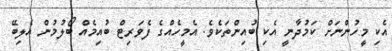
އެކި މީހުންނަށް ކަމުދާނީ އެކި ބުއިންތަކެވެ. އެމީހެއްގެ ފެވަރިޓް ބުއިމެއް ބޯލުމުން އެލިބޭ